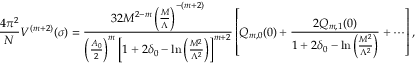
\frac { 4 \pi ^ { 2 } } { N } V ^ { ( m + 2 ) } ( \sigma ) = \frac { 3 2 M ^ { 2 - m } \left( \frac { M } { \Lambda } \right) ^ { - ( m + 2 ) } } { \left( \frac { A _ { 0 } } { 2 } \right) ^ { m } \left[ 1 + 2 \delta _ { 0 } - \ln \left( \frac { M ^ { 2 } } { \Lambda ^ { 2 } } \right) \right] ^ { m + 2 } } \left[ Q _ { m , 0 } ( 0 ) + \frac { 2 Q _ { m , 1 } ( 0 ) } { 1 + 2 \delta _ { 0 } - \ln \left( \frac { M ^ { 2 } } { \Lambda ^ { 2 } } \right) } + \cdots \right] ,